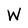
Character: W